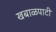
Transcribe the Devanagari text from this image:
खबाळपाटी